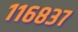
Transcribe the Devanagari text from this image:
११६८३७